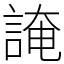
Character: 䛳